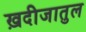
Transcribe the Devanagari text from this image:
ख़दीजातुल